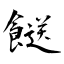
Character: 餸